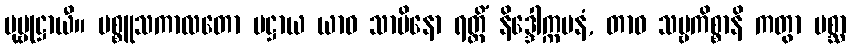
ပုဗ္ဗုဋ္ဌာယီ။ ပစ္စူသကာလတော ပဋ္ဌာယ ယာဝ သာမိနော ရတ္တိံ နိဒ္ဒေါက္ကမနံ, တာဝ သဗ္ဗကိစ္စာနိ ကတွာ ပစ္ဆာ